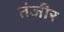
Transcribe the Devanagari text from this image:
तंजीर